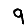
Digit: 9